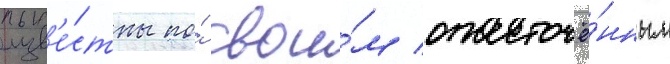
изв'е́стны по́ свои́м ожесточё́нным